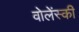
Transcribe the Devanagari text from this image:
वोलेंस्की